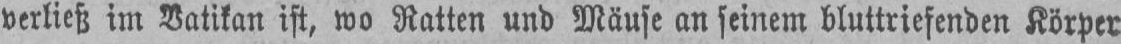
verließ im Vatikan ist, wo Ratten und Mäuse an seinem bluttriefenden Körper